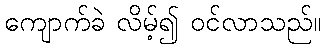
ကျောက်ခဲ လိမ့်၍ ဝင်လာသည်။